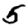
Digit: 5